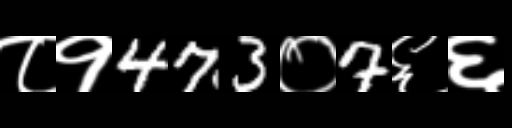
Text: ८१473०7६६